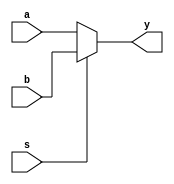
`timescale 1ns / 1ps
//////////////////////////////////////////////////////////////////////////////////
// Company: 
// Engineer: 
// 
// Design Name: 
// Module Name: mux_2to1
// Project Name: 
// Target Devices: 
// Tool Versions: 
// Description: 
// 
// Dependencies: 
// 
// Revision:
// Revision 0.01 - File Created
// Additional Comments:
// 
//////////////////////////////////////////////////////////////////////////////////


module mux_2to1(
    input a,
    input b,
    input s,
    output y
    );
    assign y=(s)?b:a;
endmodule